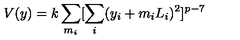
V ( y ) = k \sum _ { m _ { i } } [ \sum _ { i } ( y _ { i } + m _ { i } L _ { i } ) ^ { 2 } ] ^ { p - 7 }